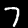
Digit: 7